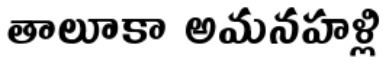
తాలూకా అమనహళ్లి